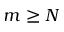
m \geq N